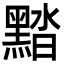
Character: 䵬